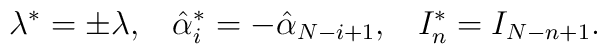
\lambda^{*}=\pm \lambda,\;\;\;\hat{\alpha}_{i}^{*}=-\hat{\alpha}_{N-i+1},\;\;\;I_{n}^{*}=I_{N-n+1}.